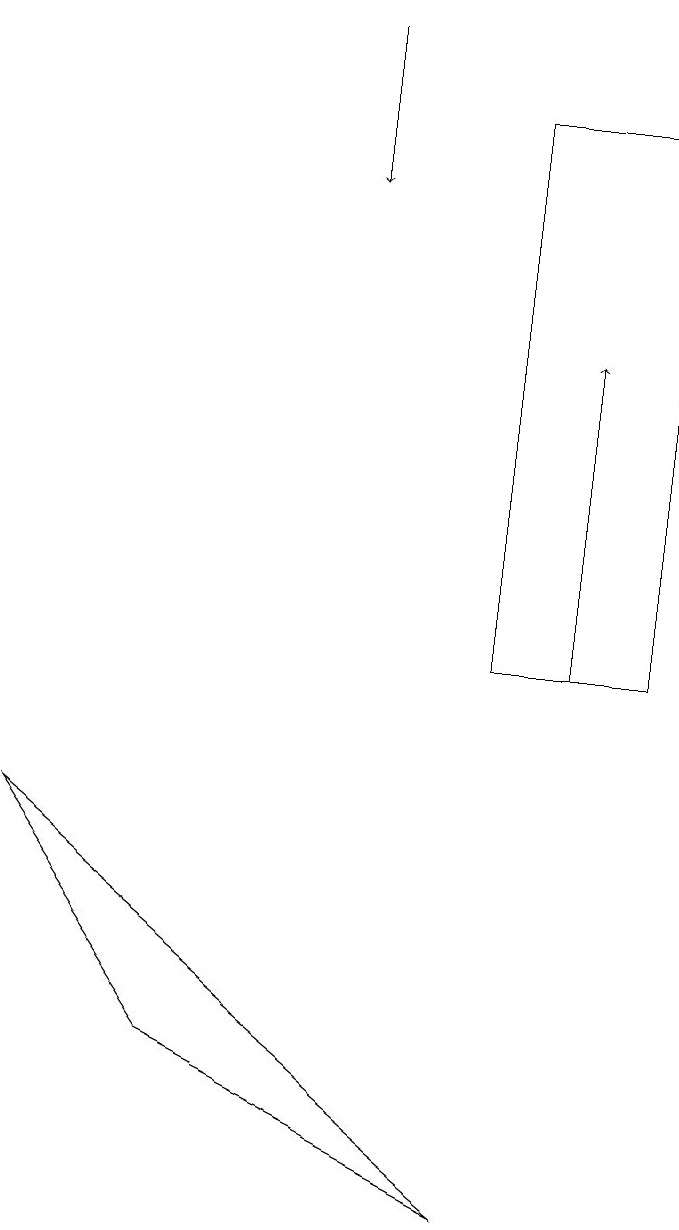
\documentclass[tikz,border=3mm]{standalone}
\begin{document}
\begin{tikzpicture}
\draw[->] (5,18) -- (5,16);
\draw (3,5) -- (1,8) -- (7,3) -- cycle;
\draw (7,17) rectangle (9,10);
\draw[->] (8,10) -- (8,14);
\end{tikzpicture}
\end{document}